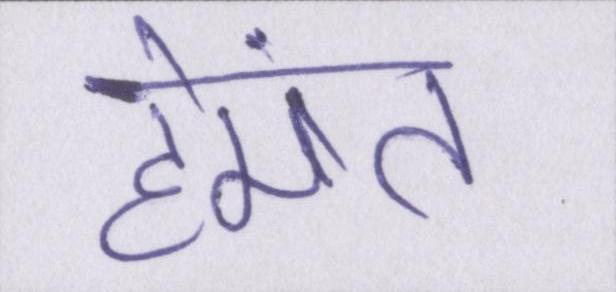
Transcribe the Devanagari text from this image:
हेमंत